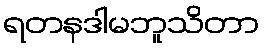
ရတနဒါမဘူသိတာ